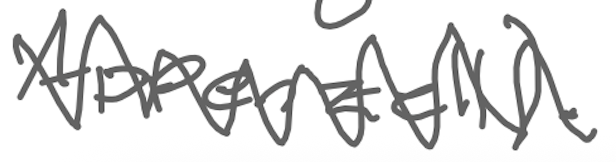
Text: Appenzell).
Cross-out: zig-zag
Writing tool: digital_gray